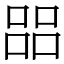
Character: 㗊